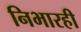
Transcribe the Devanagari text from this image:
निभारही